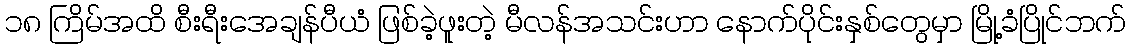
၁၈ ကြိမ်အထိ စီးရီးအေချန်ပီယံ ဖြစ်ခဲ့ဖူးတဲ့ မီလန်အသင်းဟာ နောက်ပိုင်းနှစ်တွေမှာ မြို့ခံပြိုင်ဘက်